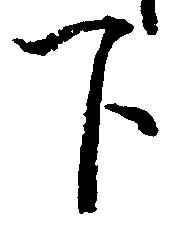
下